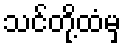
သင်တို့ထံမှ